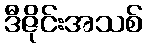
ဒီဇိုင်းအသစ်